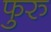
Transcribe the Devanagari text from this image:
फुरु